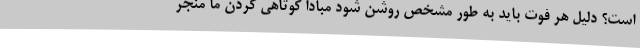
است؟ دلیل هر فوت باید به طور مشخص روشن شود مبادا کوتاهی کردن ما منجر